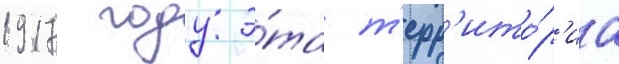
1917 году э́та т'ерр'ито́р'иа